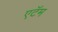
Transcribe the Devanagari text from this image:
एटॅम